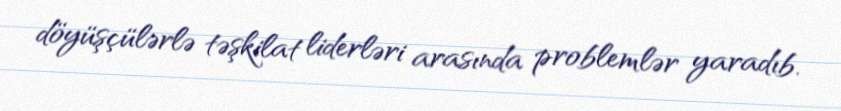
döyüşçülərlə təşkilat liderləri arasında problemlər yaradıb.